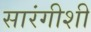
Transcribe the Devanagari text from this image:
सारंगीशी